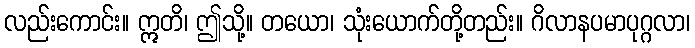
လည်းကောင်း။ ဣတိ၊ ဤသို့။ တယော၊ သုံးယောက်တို့တည်း။ ဂိလာနပမာပုဂ္ဂလာ၊